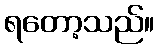
ရတော့သည်။